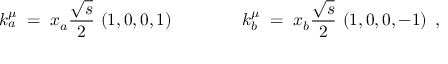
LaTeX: k _ { a } ^ { \mu } \; = \; x _ { a } \frac { \sqrt { s } } { 2 } \, \left( 1 , 0 , 0 , 1 \right) \; \; \; \; \; \; \; \; \; \; \; \; \; \; k _ { b } ^ { \mu } \; = \; x _ { b } \frac { \sqrt { s } } { 2 } \, \left( 1 , 0 , 0 , - 1 \right) \; ,